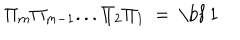
\Pi _ { m } \Pi _ { m - 1 } . . . \Pi _ { 2 } \Pi _ { 1 } \ = \ \mathrm { \bf ~ 1 }